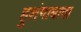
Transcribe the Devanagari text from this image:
हुशंगाबाद।